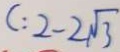
C : 2 - 2 \sqrt { 3 }